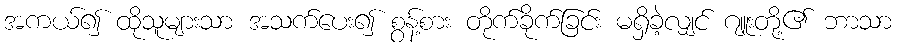
အကယ်၍ ထိုသူများသာ အသက်ပေး၍ စွန့်စား တိုက်ခိုက်ခြင်း မရှိခဲ့လျှင် ဂျူးတို့၏ ဘာသာ